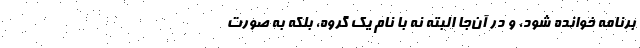
برنامه خوانده شود، و در آن‌جا البته نه با نام یک گروه، بلکه به صورت